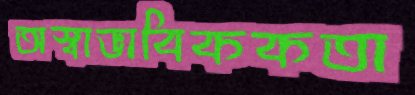
অস্বাভাবিককতা